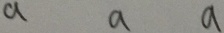
a a a